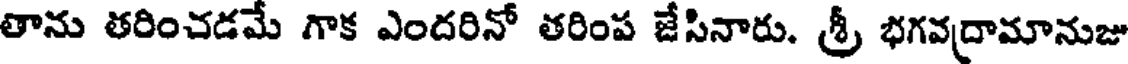
తాను తరించడమే గాక ఎందరినో తరింప జేసినారు. శ్రీ భగవద్రామానుజు